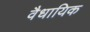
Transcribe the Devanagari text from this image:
वैधायिक